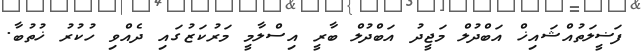
ފަޟީލަތުއްޝައިޚް އަބްދުލް މަޖީދު އަބްދުލް ބާރީ އިސްލާމީ މަރުކަޒުގައި ދެއްވި ހުކުރު ޚުތުބާ.